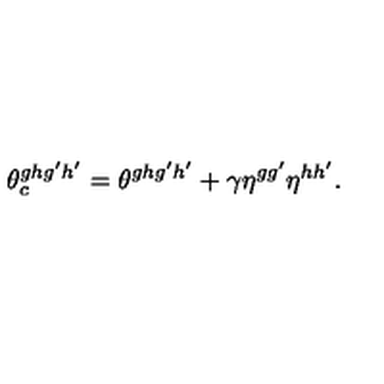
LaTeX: \theta _ { c } ^ { g h g ^ { \prime } h ^ { \prime } } = \theta ^ { g h g ^ { \prime } h ^ { \prime } } + \gamma \eta ^ { g g ^ { \prime } } \eta ^ { h h ^ { \prime } } .